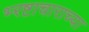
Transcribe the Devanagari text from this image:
भ्‍रष्टाचाराच्या